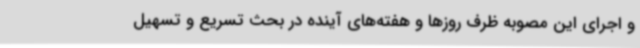
و اجرای این مصوبه ظرف روزها و هفته‌های آینده در بحث تسریع و تسهیل